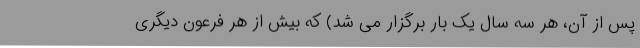
پس از آن، هر سه سال یک بار برگزار می شد) که بیش از هر فرعون دیگری